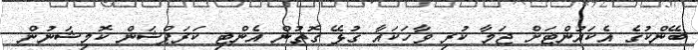
ބޭންކުގެ އެކައުންޓަށް ޖަމާ ކުރި ވާހަކައާ ގުޅޭ ގޮތުން އެންޓި ކަރަޕްޝަން ކޮމިޝަނުން